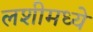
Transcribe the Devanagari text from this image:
लशीमध्ये